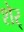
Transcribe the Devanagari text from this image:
शेर्